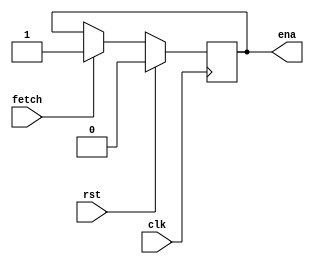
`timescale 1ns/1ns
module machine_ctl(ena,fetch,rst,clk);
   input  fetch,rst,clk;
   output ena;

   reg 	  ena;
   reg 	  state;

   always @ (posedge clk)
     begin
	if(rst)
	  begin
	     ena <= 0;
	  end
	else
	  if(fetch)
	    begin
	       ena <= 1;
	    end
     end // always @ (posedge clk)
endmodule // machine_ctl